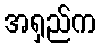
အရှည်က